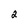
Character: 2